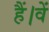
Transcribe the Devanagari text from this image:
हैं।वें